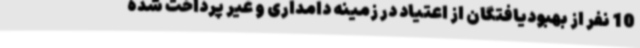
10 نفر از بهبودیافتگان از اعتیاد در زمینه دامداری و غیر پرداخت شده